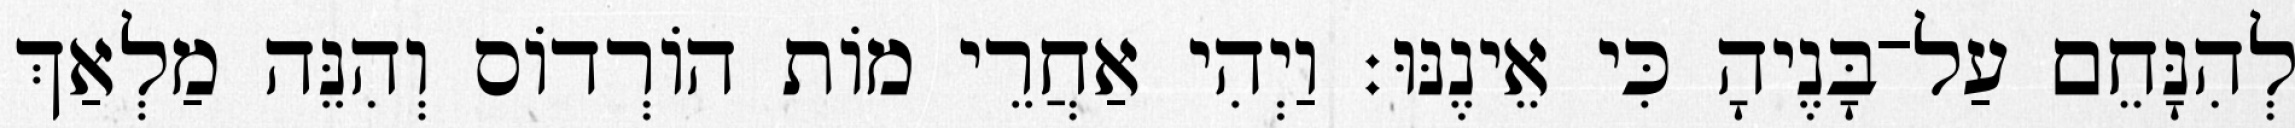
לְהִנָּחֵם עַל־בָּנֶיהָ כִּי אֵינֶנּוּ׃ וַיְהִי אַחֲרֵי מוֹת הוֹרְדוֹס וְהִנֵּה מַלְאַךְ